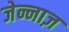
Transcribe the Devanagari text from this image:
जेन्नाज़